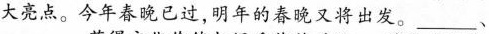
大亮点。今年春晚已过，明年的春晚又将出发。___，